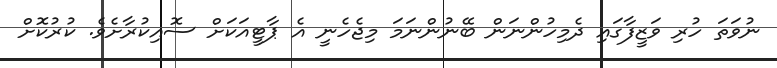
ނުވަތަ ހުރި ވަޒީފާގައި ދެމިހުންނަން ބޭނުންނަމަ މިޖެހެނީ އެ ޕާޓީއަކަށް ސޮއިކުރާށެވެ. ކުރުކޮށް